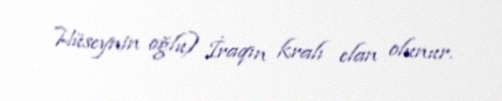
Hüseynin oğlu) İraqın kralı elan olunur.